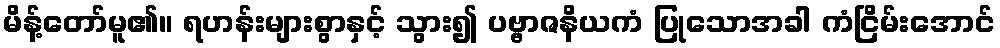
မိန့်တော်မူ၏။ ရဟန်းများစွာနှင့် သွား၍ ပဗ္ဗာဇနိယကံ ပြုသောအခါ ကံငြိမ်းအောင်